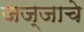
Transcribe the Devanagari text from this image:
जज्जाचे